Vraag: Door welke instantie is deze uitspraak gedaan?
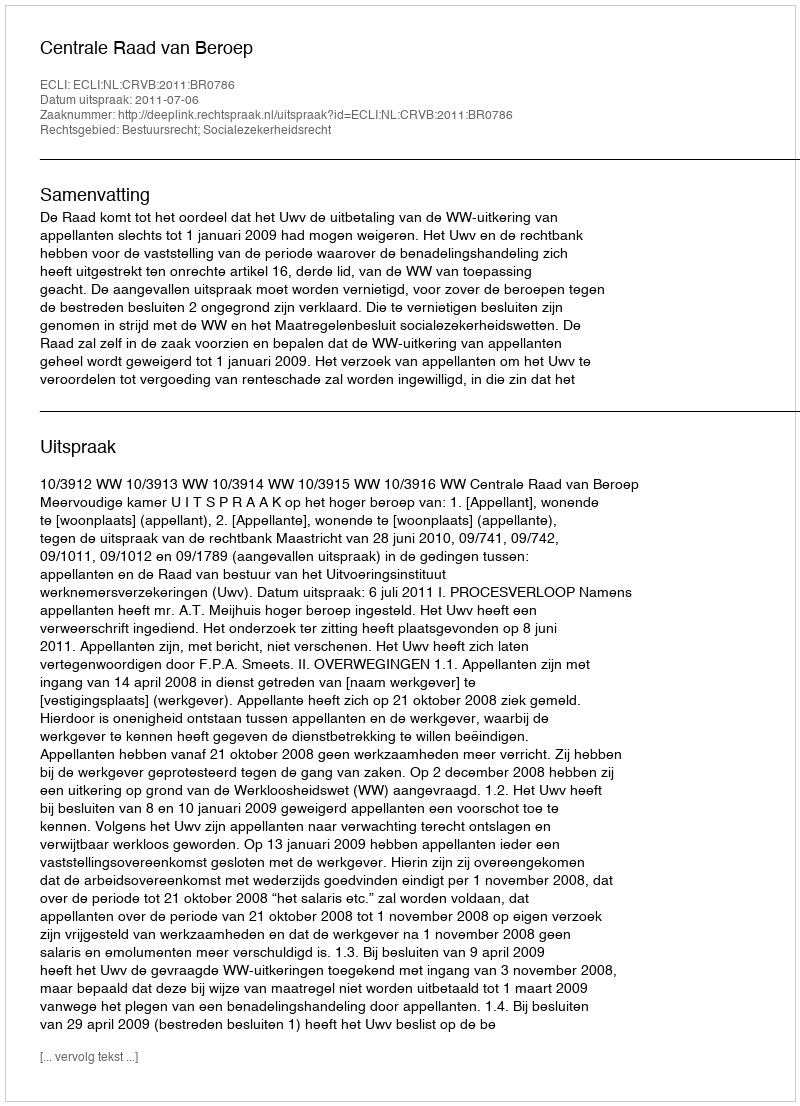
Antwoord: Centrale Raad van Beroep